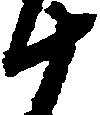
十